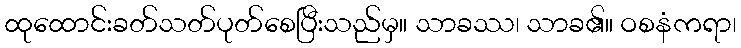
ထုထောင်းခတ်သတ်ပုတ်စေပြီးသည်မှ။ သာခဿ၊ သာခ၏။ ဝစနံကရာ၊